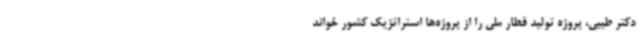
دکتر طیبی، پروژه تولید قطار ملی را از پروژه‌ها استراتژیک کشور خواند